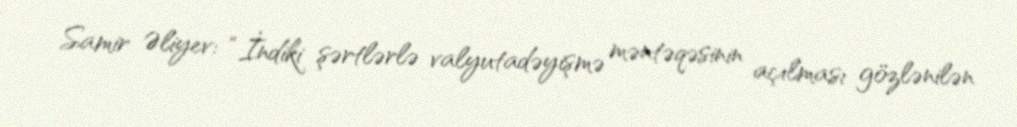
Samir Əliyev: “İndiki şərtlərlə valyutadəyişmə məntəqəsinin açılması gözlənilən